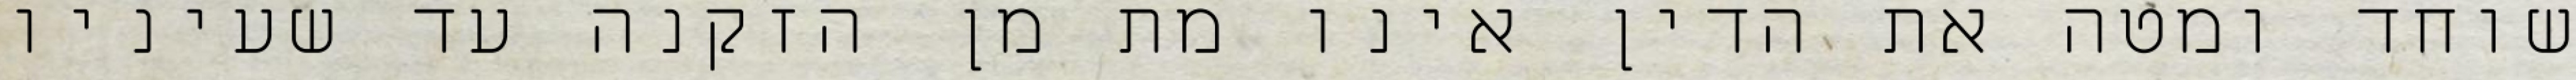
שוחד ומטה את הדין אינו מת מן הזקנה עד שעיניו